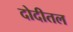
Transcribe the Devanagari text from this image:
दोदीतल